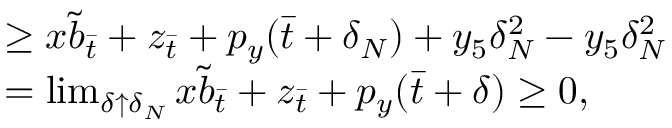
\begin{array} { r l } & { \geq x \tilde { b } _ { \bar { t } } + z _ { \bar { t } } + p _ { y } ( \bar { t } + \delta _ { N } ) + y _ { 5 } \delta _ { N } ^ { 2 } - y _ { 5 } \delta _ { N } ^ { 2 } } \\ & { = \operatorname* { l i m } _ { \delta \uparrow \delta _ { N } } x \tilde { b } _ { \bar { t } } + z _ { \bar { t } } + p _ { y } ( \bar { t } + \delta ) \geq 0 , } \end{array}